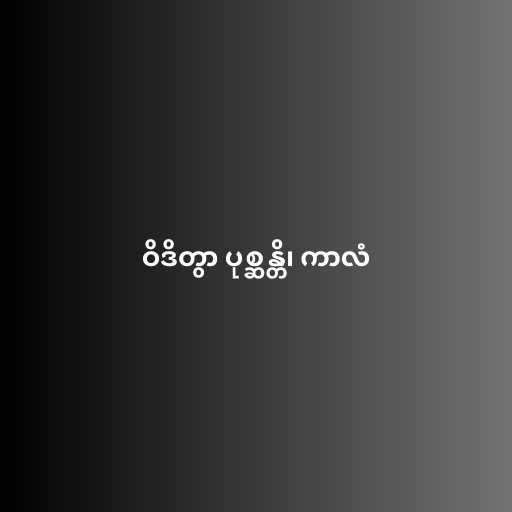
ဝိဒိတွာ ပုစ္ဆန္တိ၊ ကာလံ